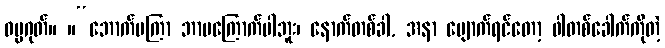
ဓမ္မဂုတ်။ ။“ဘောက်မကြာ ဘာမကြောက်ပါဘူး၊ နောက်တစ်ခါ, အနာ ပျောက်ရင်တော့ ဖါတစ်ခေါက်ကိုတဲ့